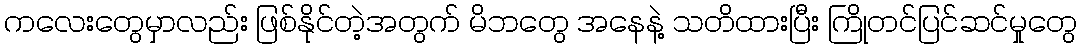
ကလေးတွေမှာလည်း ဖြစ်နိုင်တဲ့အတွက် မိဘတွေ အနေနဲ့ သတိထားပြီး ကြိုတင်ပြင်ဆင်မှုတွေ